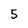
Character: 5